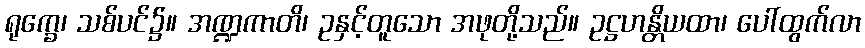
ရုက္ခေ၊ သစ်ပင်၌။ အဏ္ဍကာတိ၊ ဥနှင့်တူသော အဖုတို့သည်။ ဥဋ္ဌဟန္တိယထာ၊ ပေါ်ထွက်လာ